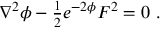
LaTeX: \nabla ^ { 2 } \phi - { \textstyle \frac { 1 } { 2 } } e ^ { - 2 \phi } F ^ { 2 } = 0 \ .